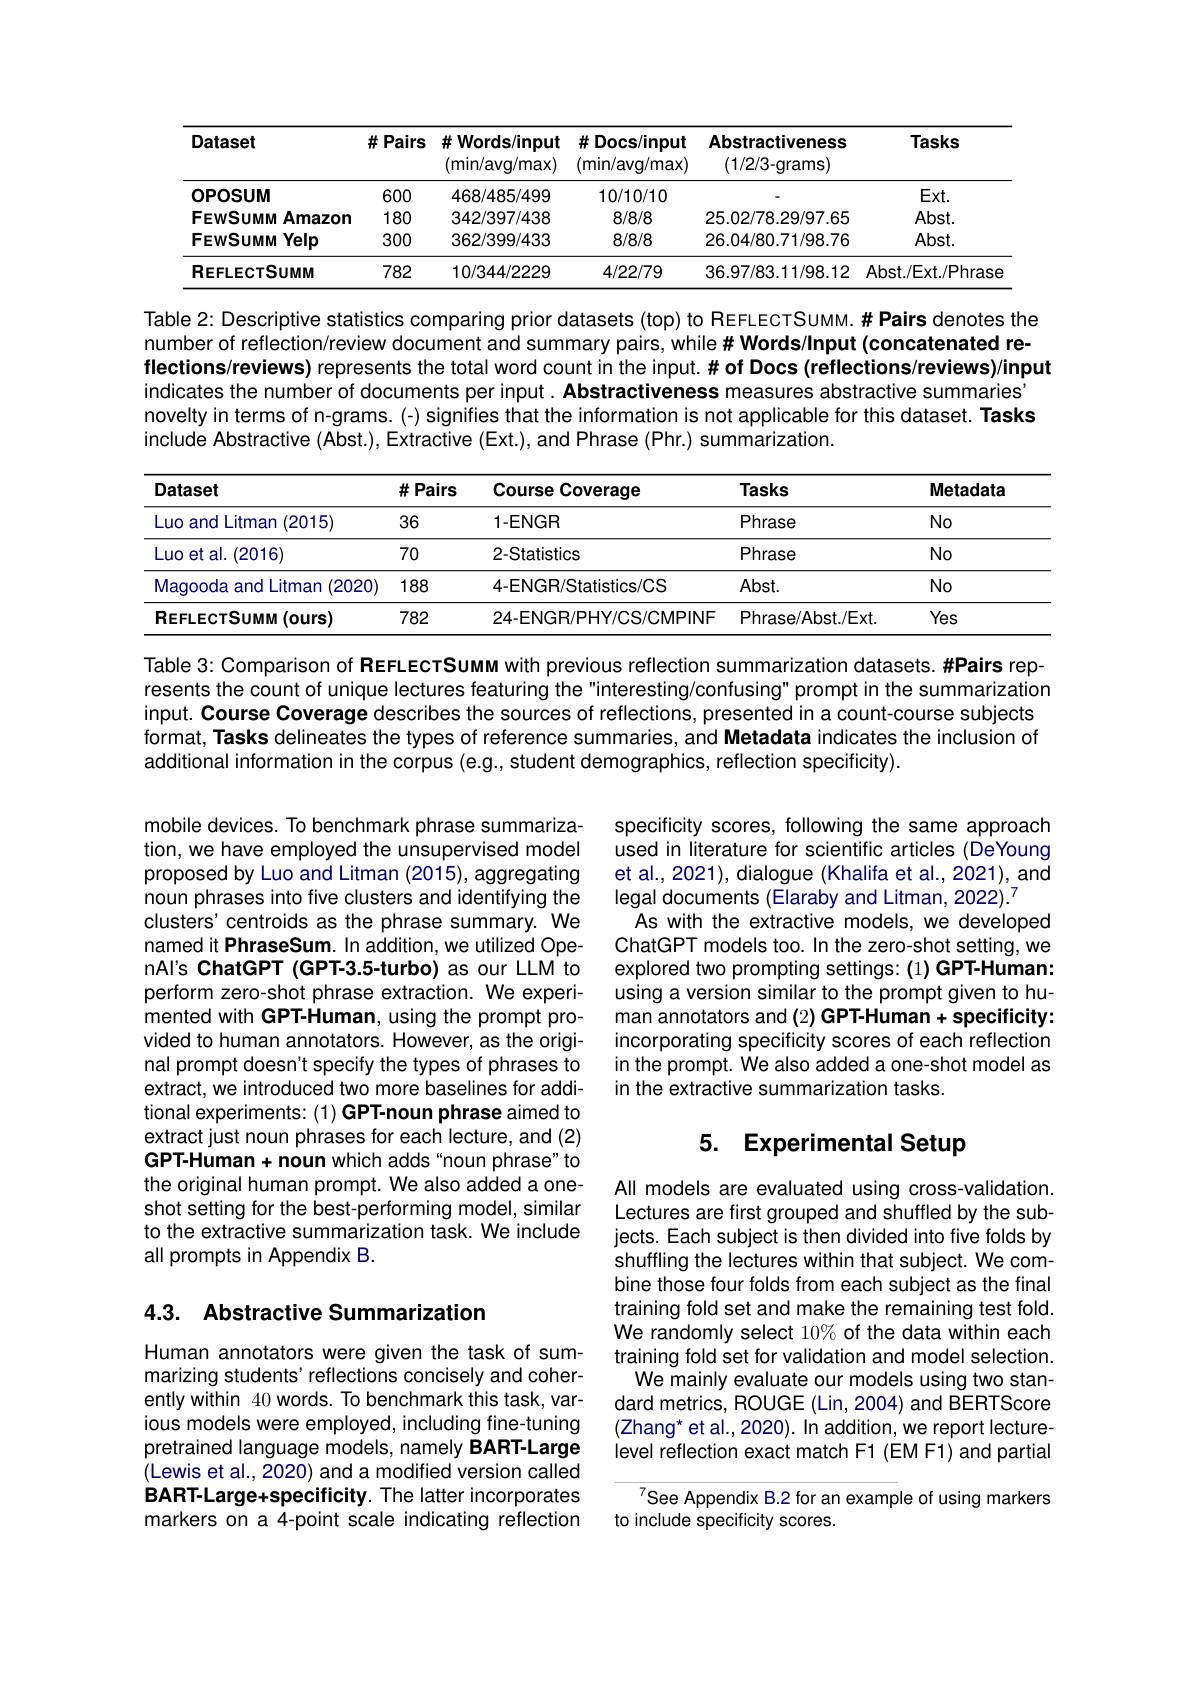
<table>
	<tbody>
		<tr>
			<th>Dataset</th>
			<th>#Pairs</th>
			<th>$\#$Words/input 1 (min/ avg/ max)</th>
			<th>$\#$ Docs/ input 12 (min/ avg/ max)</th>
			<th>Abstractiveness (1/2/3-grams)</th>
			<th>Tasks</th>
		</tr>
		<tr>
			<td>OPOSUM</td>
			<td>600</td>
			<td>468/485/499</td>
			<td>10/10/10</td>
			<td> </td>
			<td>$Ext.$</td>
		</tr>
		<tr>
			<td>FEWSUMM Amazon</td>
			<td>180</td>
			<td>342/397/438</td>
			<td>8/8/8</td>
			<td>25.02/78.29/97.65</td>
			<td>$Abst.$</td>
		</tr>
		<tr>
			<td>FEWSUMM $1Yelp$</td>
			<td>300</td>
			<td>362/399/433</td>
			<td>8/8/8</td>
			<td>26.04/80.71/98.76</td>
			<td>$Abst.$</td>
		</tr>
		<tr>
			<td>REFLECTSUMM</td>
			<td>782</td>
			<td>10/344/2229</td>
			<td>4/22/79</td>
			<td>36.97/83.11/98.12</td>
			<td>Abst. / Ext. / Phrase</td>
		</tr>
	</tbody>
</table>

Table 2: Descriptive statistics comparing prior datasets (top) to ReFLECTSUMM.# Pairs denotes the number of reflection/review document and summary pairs, while# Words/lnput(concatenated reflections/reviews) represents the total word count in the input.# of Docs (reflections/reviews)/input
indicates the number of documents per input. Abstractiveness measures abstractive summaries' novelty in terms of n-grams.(-) signifies that the information is not applicable for this dataset. Tasks include Abstractive (Abst.), Extractive (Ext.), and Phrase (Phr.) summarization.

<table>
	<tbody>
		<tr>
			<th>Dataset</th>
			<th>$\#Pairs$</th>
			<th>Course Coverage</th>
			<th>Tasks</th>
			<th>Metadata</th>
		</tr>
		<tr>
			<td>Luo and Litman (2015)</td>
			<td>36</td>
			<td>$1-ENGR$</td>
			<td>Phrase</td>
			<td>No</td>
		</tr>
		<tr>
			<td>-uo et al. (2016)</td>
			<td>70</td>
			<td>2-Statistics</td>
			<td>Phrase</td>
			<td>No</td>
		</tr>
		<tr>
			<td>Magooda and Litman (2020)</td>
			<td>188</td>
			<td>4-ENGR/Statistics/CS</td>
			<td>$Abst.$</td>
			<td>No</td>
		</tr>
		<tr>
			<td>REFLECTSUMM n (ours)</td>
			<td>782</td>
			<td>24-ENGR/PHYCS/CMPINF</td>
			<td>Phrase/Abst./Ext.</td>
			<td>Yes</td>
		</tr>
	</tbody>
</table>

Table 3: Comparison of ReFLECTSUMM with previous reflection summarization datasets.#Pairs represents the count of unique lectures featuring the "interesting/confusing" prompt in the summarization input. Course Coverage describes the sources of reflections, presented in a count-course subjects format, Tasks delineates the types of reference summaries, and Metadata indicates the inclusion of additional information in the corpus (e.g., student demographics, reflection specificity).

specificity scores, following the same approach used in literature for scientific articles (DeYoung et al., 2021), dialogue (Khalifa et al., 2021), and legal documents (Elaraby and Litman, 2022).$^7$
As with the extractive models, we developed ChatGPT models too. In the zero-shot setting, we explored two prompting settings: (1) GPT-Human: using a version similar to the prompt given to human annotators and (2) GPT-Human + specificity: incorporating specificity scores of each reflection in the prompt. We also added a one-shot model as in the extractive summarization tasks.

mobile devices. To benchmark phrase summarization, we have employed the unsupervised model proposed by Luo and Litman (2015), aggregating noun phrases into five clusters and identifying the clusters' centroids as the phrase summary. We named it PhraseSum. In addition, we utilized OpenAl's ChatGPT (GPT-3.5-turbo) as our LLM to perform zero-shot phrase extraction. We experimented with GPT-Human, using the prompt provided to human annotators. However, as the original prompt doesn't specify the types of phrases to extract, we introduced two more baselines for additional experiments: (1) GPT-noun phrase aimed to extract just noun phrases for each lecture, and (2) GPT-Human + noun which adds "noun phrase" to the original human prompt. We also added a oneshot setting for the best-performing model, similar to the extractive summarization task. We include all prompts in Appendix B.

## 5. Experimental Setup

## 4.3. Abstractive Summarization

All models are evaluated using cross-validation. Lectures are first grouped and shuffled by the subjects. Each subject is then divided into five folds by shuffling the lectures within that subject. We combine those four folds from each subject as the final training fold set and make the remaining test fold. We randomly select 10% of the data within each training fold set for validation and model selection. We mainly evaluate our models using two standard metrics, ROUGE (Lin, 2004) and BERTScore (Zhang* et al. , 2020) . In addition, we report lecture- level reflection exact match F1 (EM F1) and partial

Human annotators were given the task of summarizing students' reflections concisely and coherently within 40 words. To benchmark this task, various models were employed, including fine-tuning pretrained language models, namely BART-Large (Lewis et al., 2020) and a modified version called BART-Large+specificity. The latter incorporates markers on a 4-point scale indicating reflection

See Appendix B.2 for an example of using markers
to include specificity scores.